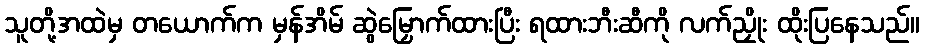
သူတို့အထဲမှ တယောက်က မှန်အိမ် ဆွဲမြှောက်ထားပြီး ရထားဘီးဆီကို လက်ညှိုး ထိုးပြနေသည်။